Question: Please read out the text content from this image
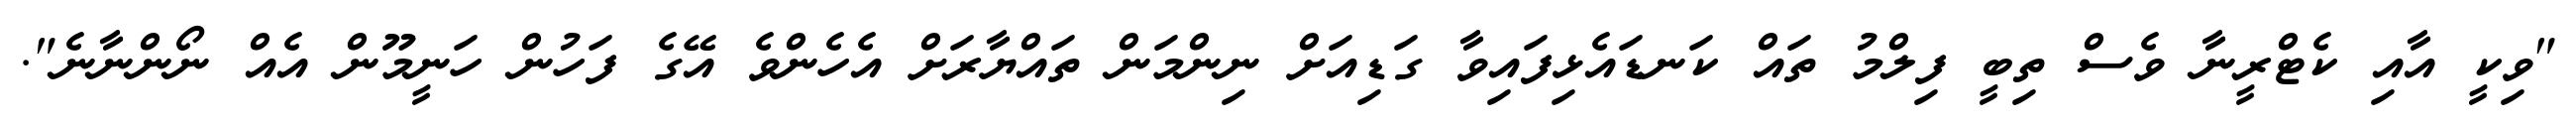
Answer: "ވިކީ އާއި ކެޓްރީނާ ވެސް ތިބީ ފިލްމު ތައް ކަނޑައެޅިފައިވާ ގަޑިއަށް ނިންމަން ތައްޔާރަށް އެހެންވެ އޭގެ ފަހުން ހަނީމޫން އެއް ނޯންނާނެ".